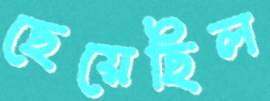
ছেয়েছিল